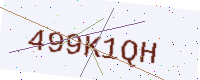
Text: 499K1QH